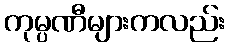
ကုမ္ပဏီများကလည်း